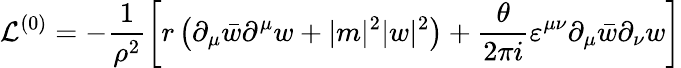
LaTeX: {\cal L}^{(0)}=-\frac{1}{\rho^{2}}\left[r\left(\partial_{\mu}\bar{w}\partial^{\mu}w+|m|^{2}|w|^{2}\right)+\frac{\theta}{2\pi i}\varepsilon^{\mu\nu}\partial_{\mu}\bar{w}\partial_{\nu}w\right]